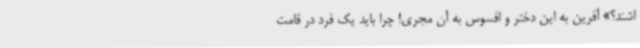
اشند؟» آفرین به این دختر و افسوس به آن مجری! چرا باید یک فرد در قامت